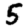
Digit: 5